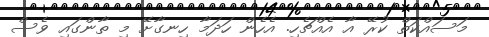
މަސައްކަތް ކުރޭ އާ އެއްޗެހި. އެހެން ހަދަމާ ހިނގާށޭ މި ތާންގައި ވެސް